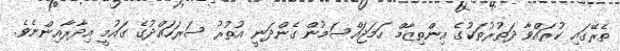
ތެރޭގައި ކުރައްވާ ދަތުރުތަކުގެ އިންތިޒާމް ހަމަޖައްސަމުން ގެންދަނީ އުތުރު ސަރަހައްދުގެ ގައުމީ އިދާރާއިންނެވެ.